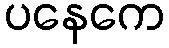
ပနေကေ